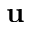
\mathbf { u }